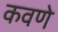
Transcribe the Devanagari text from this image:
कवणे